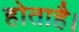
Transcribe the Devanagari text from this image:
होताहै।